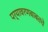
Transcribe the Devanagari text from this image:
पर्यावरणबाबतचे